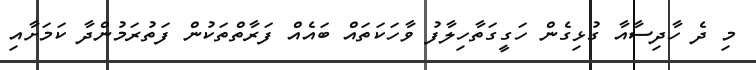
މި ދެ ހާދިސާއާ ގުޅިގެން ހަގީގަތާހިލާފު ވާހަކަތައް ބައެއް ފަރާތްތަކުން ފަތުރަމުންދާ ކަމަށާއި